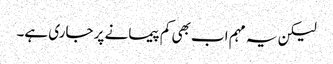
لیکن یہ مہم اب بھی کم پیمانے پر جاری ہے۔